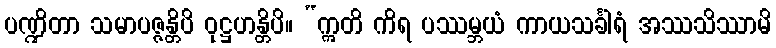
ပဏ္ဍိတာ သမာပဇ္ဇန္တိပိ ဝုဋ္ဌဟန္တိပိ။ “ဣတိ ကိရ ပဿမ္ဘယံ ကာယသင်္ခါရံ အဿသိဿာမိ